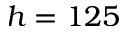
h = 1 2 5